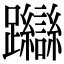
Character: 𨇼